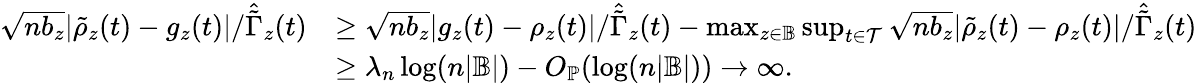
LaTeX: \begin{array}{rl}{\sqrt{nb_{z}}|\tilde{\rho}_{z}(t)-g_{z}(t)|/\hat{\tilde{\Gamma}}_{z}(t)}&{\geq\sqrt{nb_{z}}|g_{z}(t)-\rho_{z}(t)|/\hat{\tilde{\Gamma}}_{z}(t)-\operatorname*{max}_{z\in\mathbb{B}}\operatorname*{sup}_{t\in\mathcal{T}}\sqrt{nb_{z}}|\tilde{\rho}_{z}(t)-\rho_{z}(t)|/\hat{\tilde{\Gamma}}_{z}(t)}\\ &{\geq\lambda_{n}\log(n|\mathbb{B}|)-O_{\mathbb{P}}(\log(n|\mathbb{B}|))\to\infty.}\end{array}